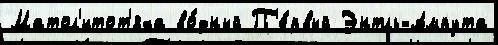
Матол'итот'яха во́дный П'е́рвый Энтль-Ампута